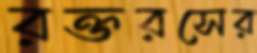
রক্তরসের